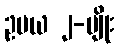
ဥပယ ၂-မျိုး